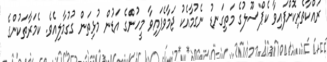
ރައްކާތެރިކޮށްފައިވާ ކެޕްސޫލުގެ މަތިގަނޑު ނެގުމާއެކު ޖަމާވެފައިވާ މީހުންގެ އަޑުން މުޅިތަން ގުގުމާލިއެވެ. ކެމަރާތަކުންގެ